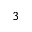
^ 3